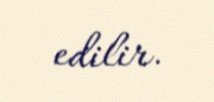
edilir.